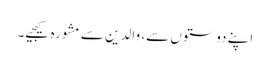
اپنے دوستوں سے، والدین سے مشورہ کیجیے۔